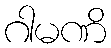
ဂါမဏိ